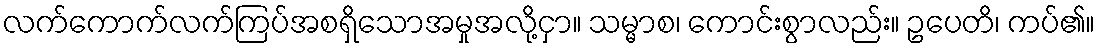
လက်ကောက်လက်ကြပ်အစရှိသောအမှုအလို့ငှာ။ သမ္မာစ၊ ကောင်းစွာလည်း။ ဥပေတိ၊ ကပ်၏။